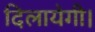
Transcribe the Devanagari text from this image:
दिलायेगी।